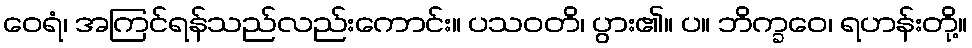
ဝေရံ၊ အကြင်ရန်သည်လည်းကောင်း။ ပသဝတိ၊ ပွား၏။ ပ။ ဘိက္ခဝေ၊ ရဟန်းတို့။